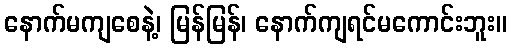
နောက်မကျစေနဲ့၊ မြန်မြန်၊ နောက်ကျရင်မကောင်းဘူး။